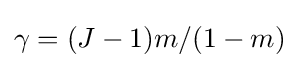
\gamma =(J-1)m/(1-m)